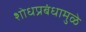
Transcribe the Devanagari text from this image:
शोधप्रबंधामुळे